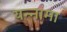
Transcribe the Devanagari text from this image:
यन्‍नामा